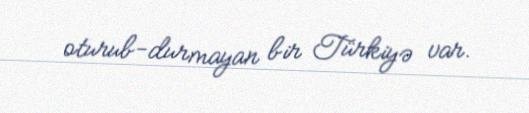
oturub-durmayan bir Türkiyə var.